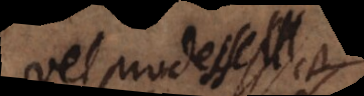
vel prodesse.